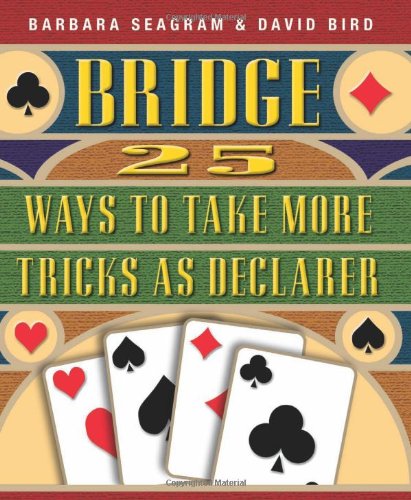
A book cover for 25 Ways to Take More Tricks as Declarer (Bridge (Master Point Press)); Barbara Seagram; Humor & Entertainment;